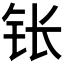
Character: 𬬮